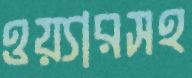
ওয়্যারসহ